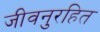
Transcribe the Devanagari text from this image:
जीवनुरहित